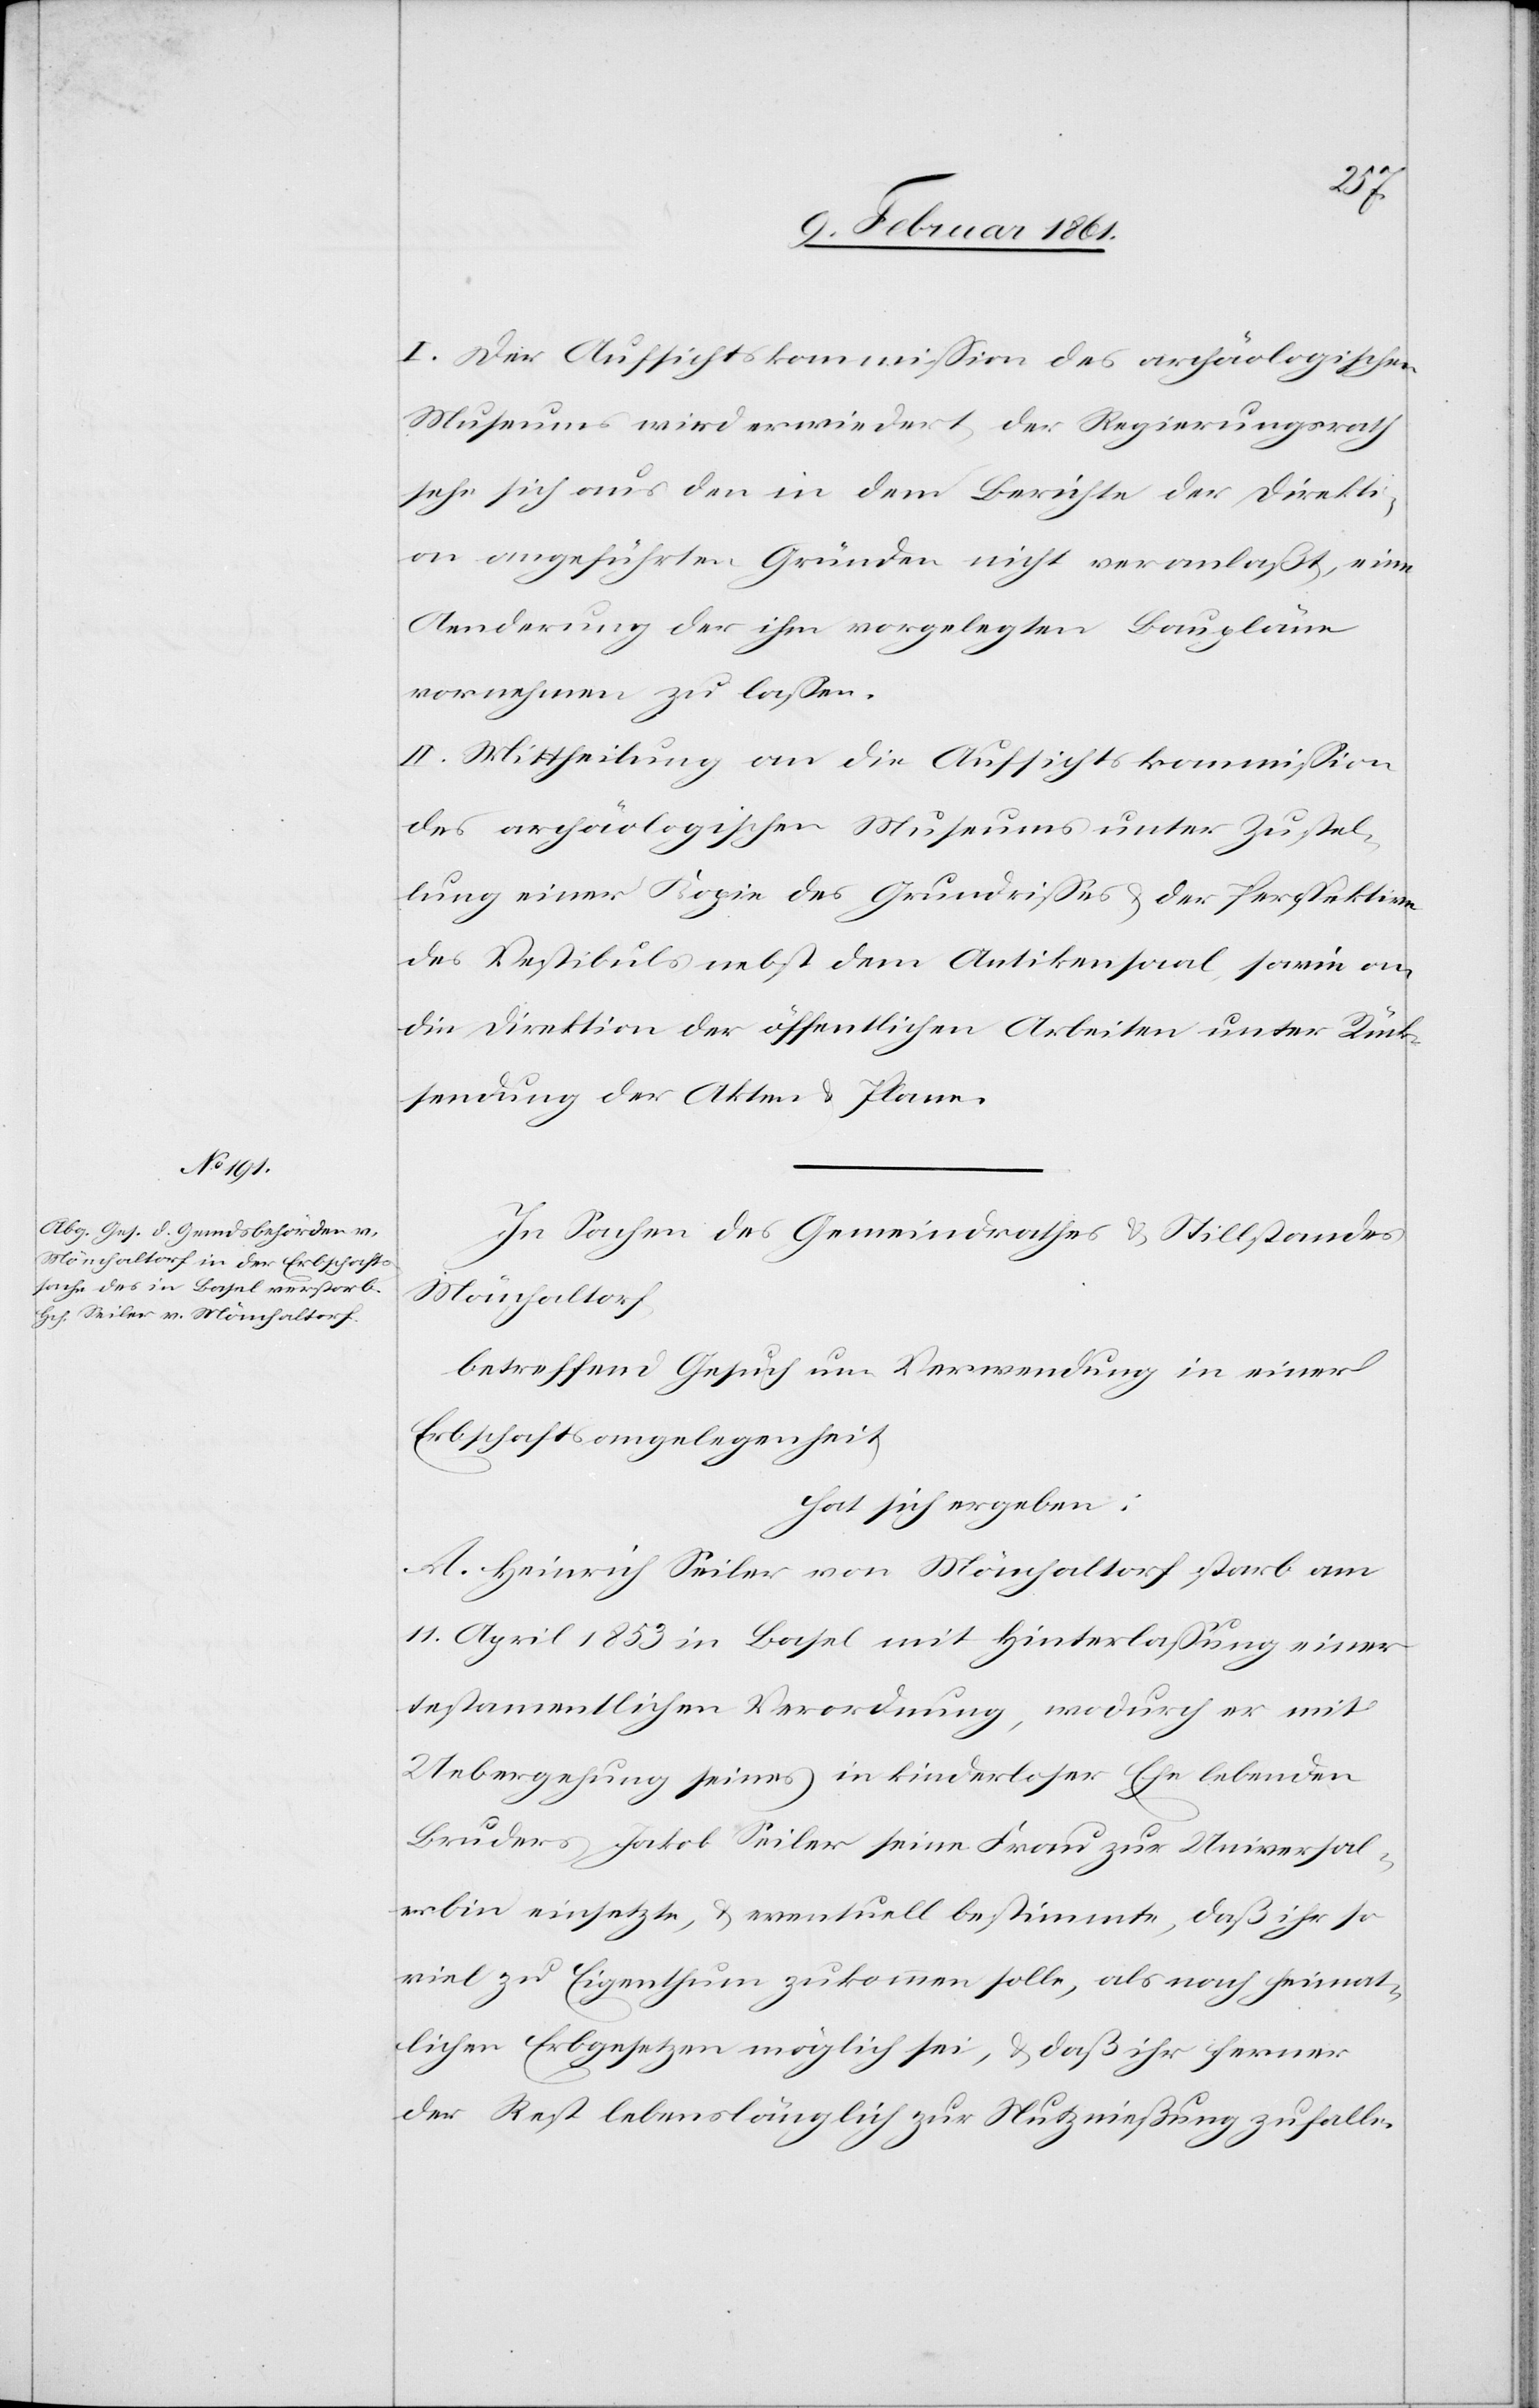
I. Der Aufsichtskommission des archäologischen
Museums wird erwiedert, der Regierungsrath
sehe sich aus den in dem Berichte der Direkti¬
on angeführten Gründen nicht veranlaßt, eine
Aenderung der ihm vorgelegten Baupläne
vornehmen zu lassen.
II. Mittheilung an die Aufsichtskommission
des archäologischen Museums unter Zustel¬
lung einer Kopie des Grundrisses u. der Perspektive
des Vestibuls nebst dem Antikensaal, sowie an
die Direktion der öffentlichen Arbeiten unter Rück¬
stellung der Akten und Plane.
In Sachen des Gemeindrathes u. Stillstandes
Mönchaltorf,
betreffend Gesuch um Verwendung in einer
Erbschaftsangelegenheit
hat sich ergeben:
A. Heinrich Seiler von Mönchaltorf starb am
11. April 1853 in Basel mit Hinterlassung einer
testamentlichen Verordnung, wodurch er mit
Uebergehung seines in kinderloser Ehe lebenden
Bruders Jakob Seiler seine Frau zur Universal¬
erbin einsetzte, u. eventuell bestimmte, daß ihr so
viel zu Eigenthum zukommen solle, als nach heimat¬
lichen Erbgesetzen möglich sei, u. daß ihr ferner
der Rest lebenslänglich zur Nutzniessung zufalle.